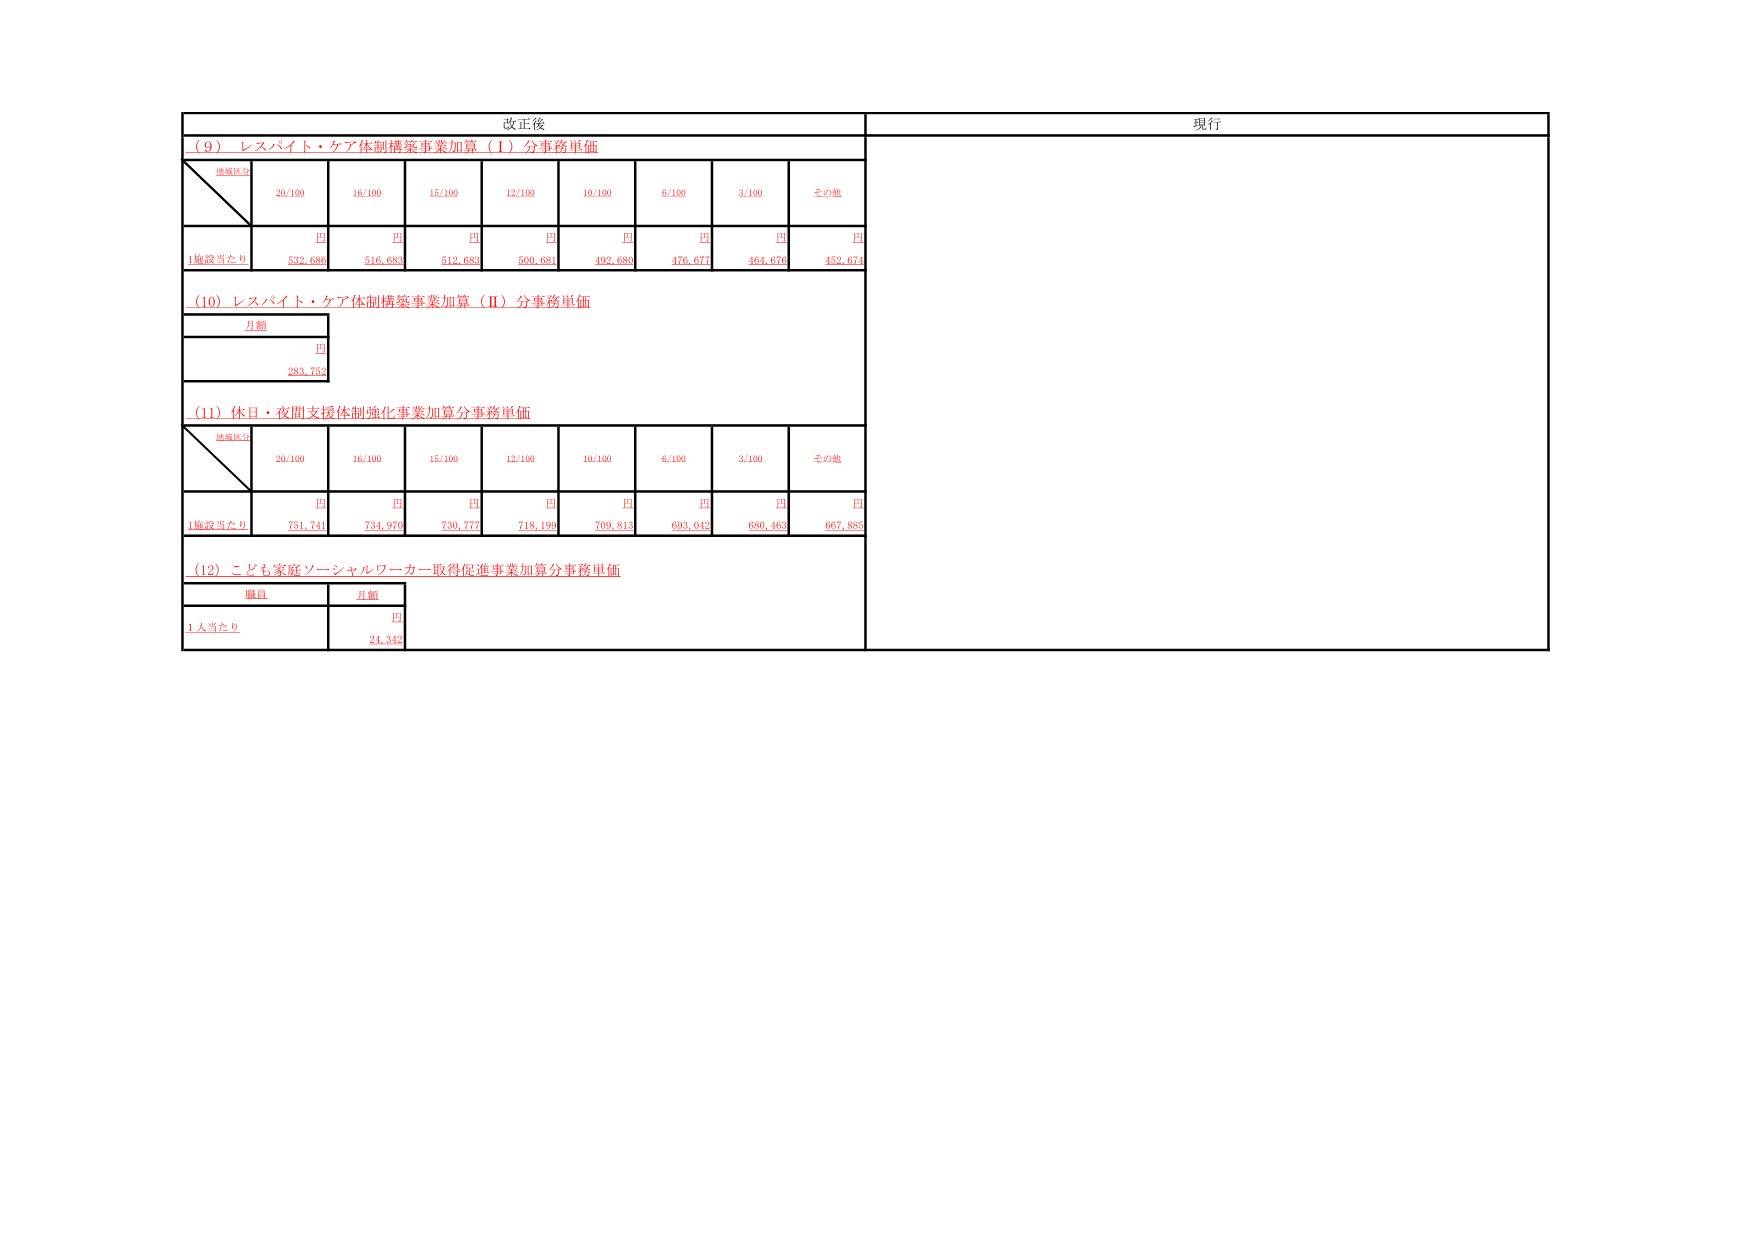
改正後
現行
（９）レスパイト・ケア体制構築事業加算（Ⅰ）分事務単価
地域区分
20/100
16/100
15/100
12/100
10/100
6/100
3/100
その他
円
円
円
円
円
円
円
円
1施設当たり
532,686
516,683
512,683
500,681
492,680
476,677
464,676
452,674
（10）レスパイト・ケア体制構築事業加算（Ⅱ）分事務単価
月額
円
285,752
（11）休日・夜間支援体制強化事業加算分事務単価
地域区分
20/100
16/100
15/100
12/100
10/100
6/100
3/100
その他
円
円
円
円
円
円
円
円
1施設当たり
751,741
734,970
730,777
718,199
709,813
693,042
680,462
667,885
（12）こども家庭ソーシャルワーカー取得促進事業加算分事務単価
職員
月額
円
1人当たり
24,342